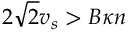
2 \sqrt { 2 } v _ { s } > B \kappa n